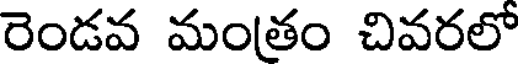
రెండవ మంతం చివరలో